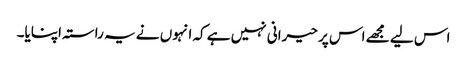
اس لیے مجھے اس پر حیرانی نہیں ہے کہ انہوں نے یہ راستہ اپنایا۔